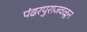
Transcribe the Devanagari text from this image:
पंढरपुराजवळून